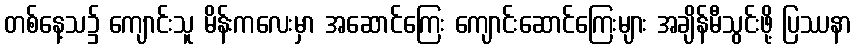
တစ်နေ့သ၌ ကျောင်းသူ မိန်းကလေးမှာ အဆောင်ကြေး ကျောင်းဆောင်ကြေးများ အချိန်မီသွင်းဖို့ ပြဿနာ